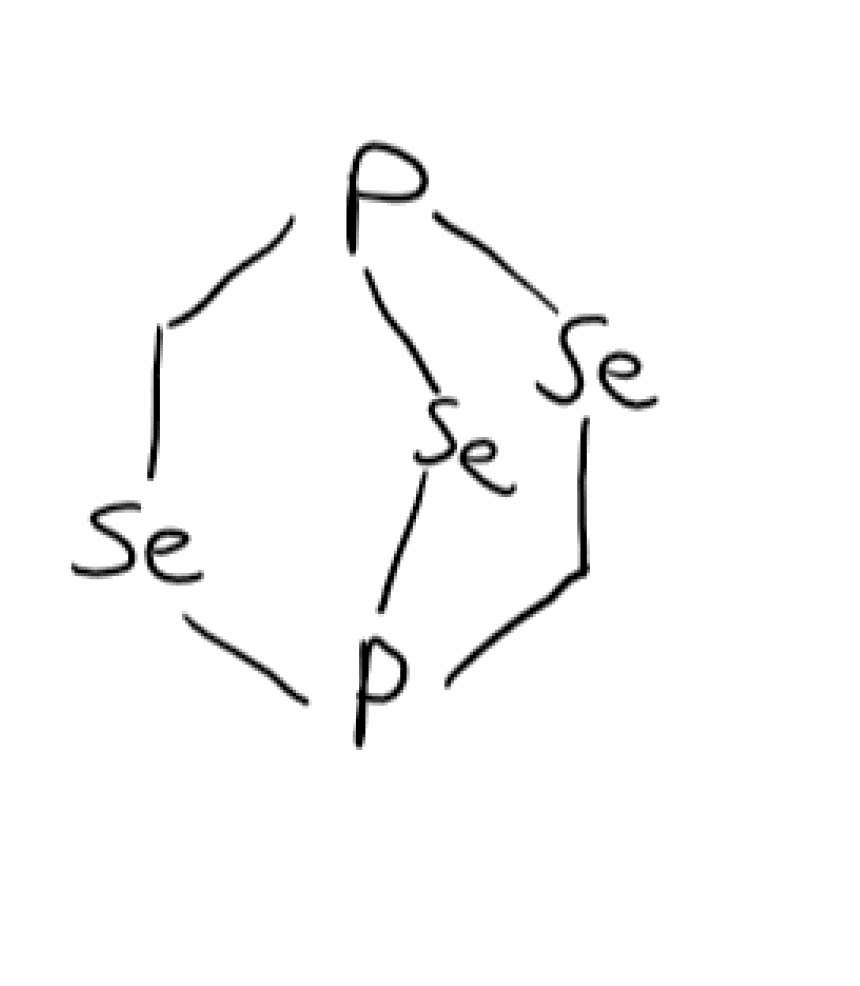
Simplified molecular-input line-entry system (SMILES) notation of the given molecule:
C1P2[Se]CP([Se]1)[Se]2